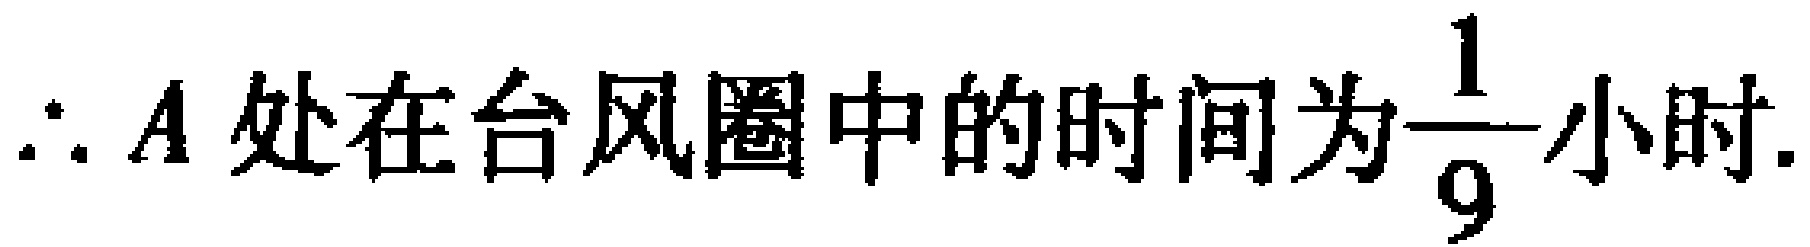
\(\therefore A\text{ 处在台风圈中的时间为}\dfrac{1}{9}\text{小时}.\)